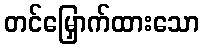
တင်မြှောက်ထားသော